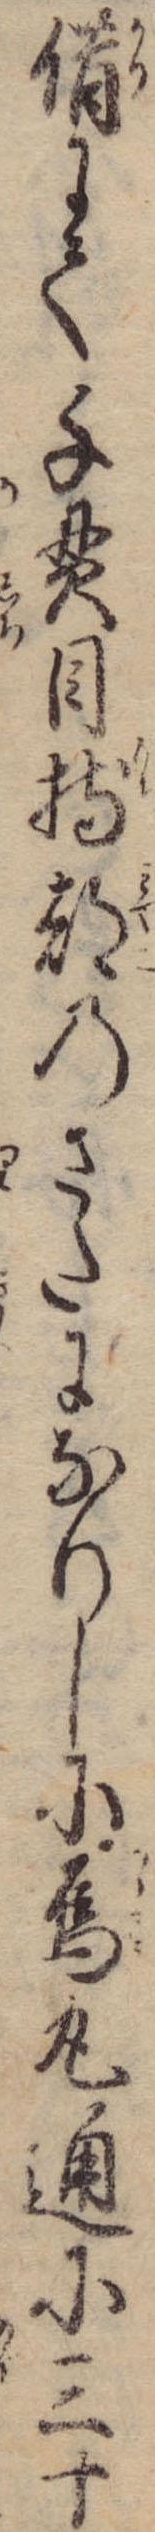
借にて千貫目持都のさたになりしに烏丸通に三十